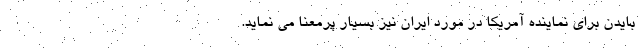
بایدن برای نماینده آمریکا در مورد ایران نیز بسیار پرمعنا می نماید.